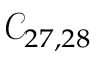
\mathcal { C } _ { 2 7 , 2 8 }